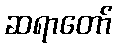
ဆရာတော်